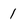
Character: 1